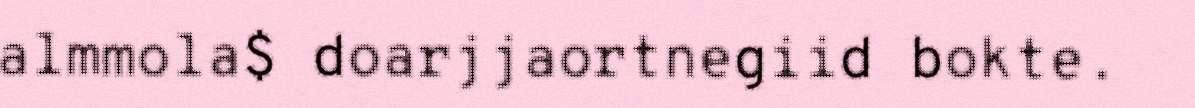
almmola$ doarjjaortnegiid bokte.